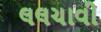
લલચાવી